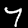
Label: 7